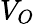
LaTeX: V_{O}